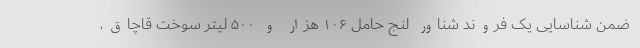
ضمن شناسایی یک فروند شناور لنج حامل ۱۰۶ هزار و ۵۰۰ لیتر سوخت قاچاق،